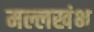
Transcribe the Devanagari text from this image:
मल्लखंभ